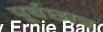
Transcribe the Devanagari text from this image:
पूर्वछात्र